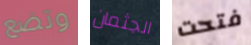
وتضع الجثمان فتحت